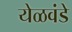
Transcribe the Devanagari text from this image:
येळवंडे